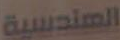
الهندسية